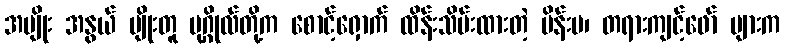
အမျိုး အနွယ် မျိုးတူ ပုဂ္ဂိုလ်တို့က စောင့်ရှောက် ထိန်းသိမ်းထားတဲ့ မိန်းမ၊ တရားကျင့်ဖော် များက